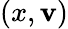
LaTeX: (x,\mathbf{v})